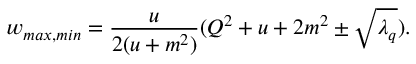
w _ { m a x , m i n } = \frac { u } { 2 ( u + m ^ { 2 } ) } ( Q ^ { 2 } + u + 2 m ^ { 2 } \pm \sqrt { \lambda _ { q } } ) .